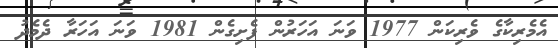
އެމެރިކާގެ ވެރިކަން 1977 ވަނަ އަހަރުން ފެށިގެން 1981 ވަނަ އަހަރާ ދެމެދު